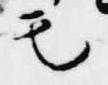
モ